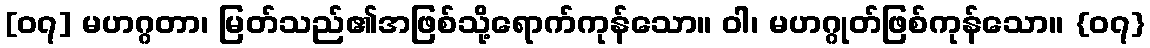
[၀၇] မဟဂ္ဂတာ၊ မြတ်သည်၏အဖြစ်သို့ရောက်ကုန်သော။ ဝါ၊ မဟဂ္ဂုတ်ဖြစ်ကုန်သော။ {၀၇}